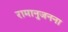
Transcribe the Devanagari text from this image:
रामानुजनना